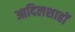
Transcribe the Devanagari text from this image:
आदिलशाहों